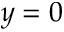
y = 0